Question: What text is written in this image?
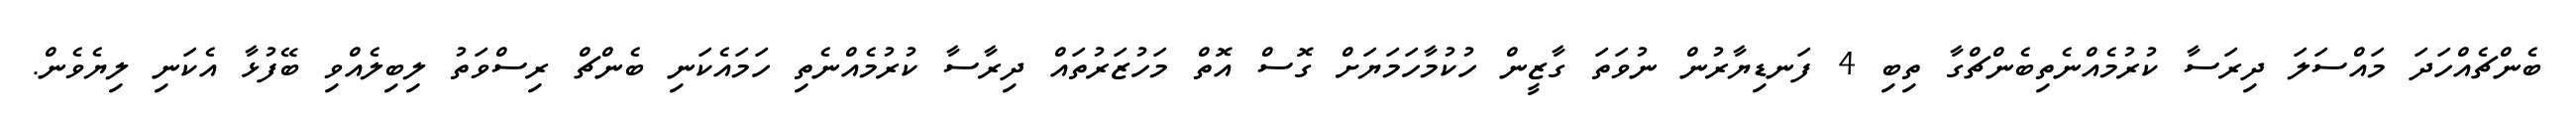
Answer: ބެންޗެއްހަދަ މައްސަލަ ދިރަސާ ކުރުމެއްނެތިބެންޗްގާ ތިބި 4 ފަނޑިޔާރުން ނުވަތަ ގާޒީން ހުކުމާހަމަޔަށް ގޮސް އޮތް މަހުޒަރުތައް ދިރާސާ ކުރުމެއްނެތި ހަމައެކަނި ބެންޗް ރިސްވަތު ލިބިލެއްވި ބޭފުޅާ އެކަނި ލިޔެވެން.